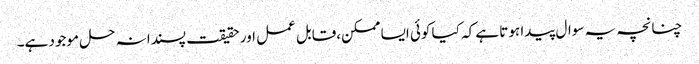
چنانچہ یہ سوال پیدا ہوتا ہے کہ کیا کوئی ایسا ممکن،قابل عمل اور حقیقت پسندانہ حل موجود ہے۔